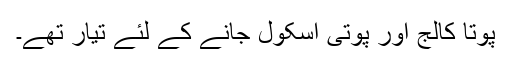
پوتا کالج اور پوتی اسکول جانے کے لئے تیار تھے۔